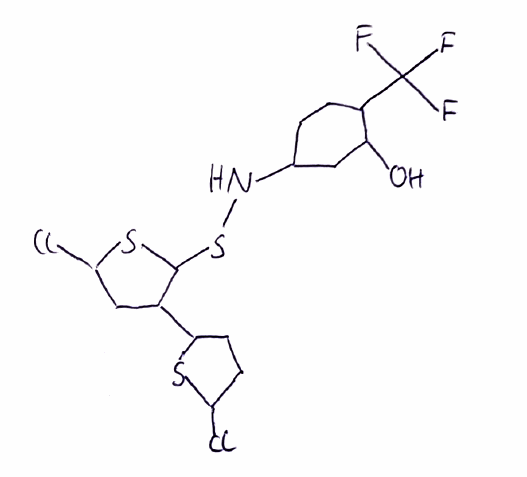
Simplified molecular-input line-entry system (SMILES) notation of the given molecule:
C1CC(C(CC1NSC2C(CC(S2)Cl)C3CCC(S3)Cl)O)C(F)(F)F